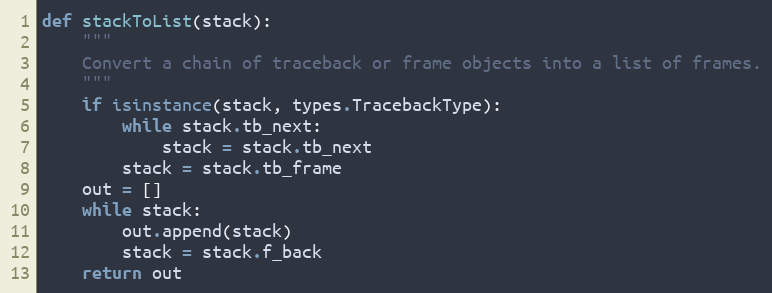
Language: Python
def stackToList(stack):
    """
    Convert a chain of traceback or frame objects into a list of frames.
    """
    if isinstance(stack, types.TracebackType):
        while stack.tb_next:
            stack = stack.tb_next
        stack = stack.tb_frame
    out = []
    while stack:
        out.append(stack)
        stack = stack.f_back
    return out